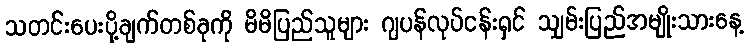
သတင်းပေးပို့ချက်တစ်ခုကို မိမိပြည်သူများ ဂျပန်လုပ်ငန်းရှင် သျှမ်းပြည်အမျိုးသားနေ့